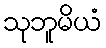
သုဘူမိယံ